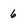
Character: 6